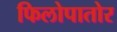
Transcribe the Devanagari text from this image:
फिलोपातोर